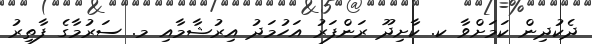
ދެކުދިން ކަމަށްވާ ކ. ކާށިދޫ ރަންފަރު އަހުމަދު އިރުޝާމާއި މ. ސަރުމާގެ ފާތިރު